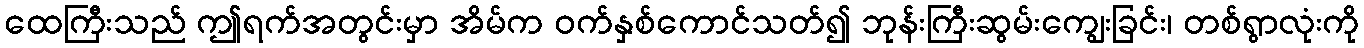
ထေကြီးသည် ဤရက်အတွင်းမှာ အိမ်က ဝက်နှစ်ကောင်သတ်၍ ဘုန်းကြီးဆွမ်းကျွေးခြင်း၊ တစ်ရွာလုံးကို